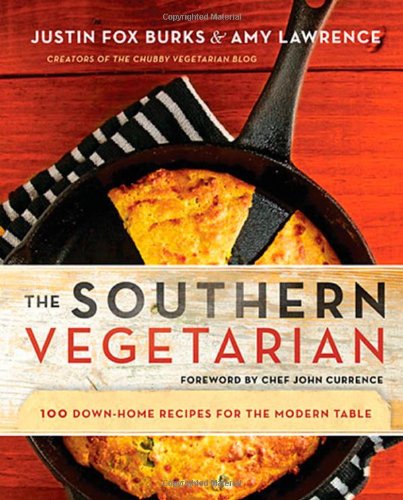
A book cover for The Southern Vegetarian Cookbook: 100 Down-Home Recipes for the Modern Table; Justin Fox Burks; Cookbooks, Food & Wine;